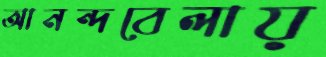
আনন্দবেলায়